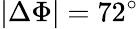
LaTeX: |\Delta\Phi|=72^{\circ}